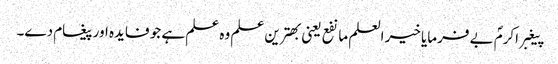
پیغبر اکرمؐ بے فرمایا خیر العلم ما نفع یعنی بھترین علم وہ علم ہے جو فایدہ اور پیغام دے۔